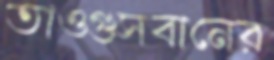
তাওগুসবানের